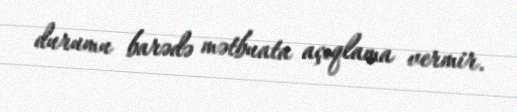
durumu barədə mətbuata açıqlama vermir.